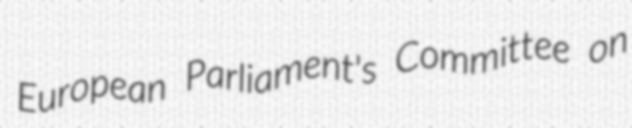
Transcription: European Parliament's Committee on